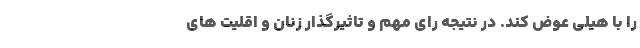
را با هیلی عوض کند. در نتیجه رای مهم و تاثیرگذار زنان و اقلیت های